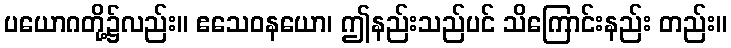
ပယောဂတို့၌လည်း။ ဧသေဝနယော၊ ဤနည်းသည်ပင် သိကြောင်းနည်း တည်း။